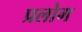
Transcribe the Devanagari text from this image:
प्रलोग